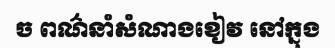
ច ពណ៌នាំសំណាងខៀវ នៅក្នុង